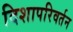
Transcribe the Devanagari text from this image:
दिशापरिवर्तन